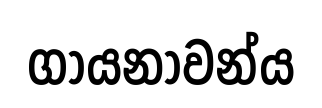
ගායනාවන්ය